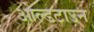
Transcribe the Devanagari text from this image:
ओल्डटाउन